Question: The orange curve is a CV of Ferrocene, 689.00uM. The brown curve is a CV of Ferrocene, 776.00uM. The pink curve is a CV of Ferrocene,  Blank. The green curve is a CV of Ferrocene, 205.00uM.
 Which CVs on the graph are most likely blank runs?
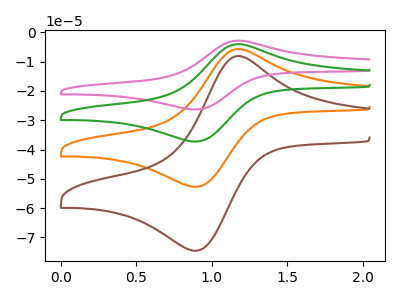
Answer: <think>The orange curve "Ferrocene, 689.00uM" has an anodic peak at (1.15V, -5.90uA) and a cathodic peak at (0.90V, -52.65uA). The brown curve "Ferrocene, 776.00uM" has an anodic peak at (1.15V, -8.35uA) and a cathodic peak at (0.90V, -74.50uA). The pink curve "Ferrocene,  Blank" has an anodic peak at (1.15V, -17.70uA) and a cathodic peak at (0.90V, -158.00uA). The green curve "Ferrocene, 205.00uM" has an anodic peak at (1.15V, -11.80uA) and a cathodic peak at (0.90V, -105.35uA).</think>
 <answer>There are not any CV's on this graph that are likely to be blanks.</answer>
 <eval>none</eval>